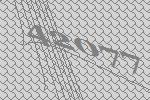
42077